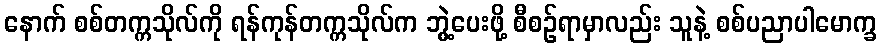
နောက် စစ်တက္ကသိုလ်ကို ရန်ကုန်တက္ကသိုလ်က ဘွဲ့ပေးဖို့ စီစဉ်ရာမှာလည်း သူနဲ့ စစ်ပညာပါမောက္ခ